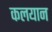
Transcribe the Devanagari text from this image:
कलयान